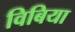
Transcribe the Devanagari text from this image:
विबिया